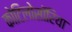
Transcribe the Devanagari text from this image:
कोटिलोसॉरिया